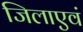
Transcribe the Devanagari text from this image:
जिलाएवं